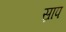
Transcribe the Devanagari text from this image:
स्राप